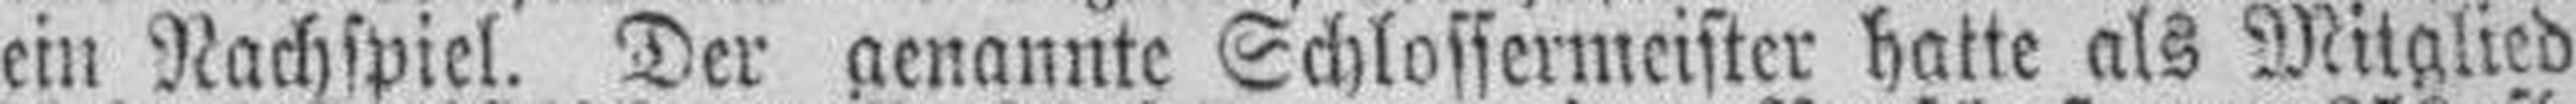
ein Nachspiel. Der genannte Schlossermeister hatte als Mitglied